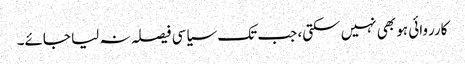
کارروائی ہو بھی نہیں سکتی، جب تک سیاسی فیصلہ نہ لیا جائے۔